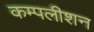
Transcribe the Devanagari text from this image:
कम्पलीशन